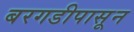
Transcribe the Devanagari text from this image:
बरगडीपासून